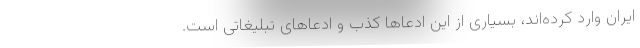
ایران وارد کرده‌اند، بسیاری از این ادعاها کذب و ادعاهای تبلیغاتی است.